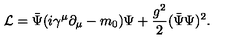
{ \cal L } = \bar { \Psi } ( i \gamma ^ { \mu } \partial _ { \mu } - m _ { 0 } ) \Psi + \frac { g ^ { 2 } } { 2 } ( \bar { \Psi } \Psi ) ^ { 2 } .